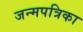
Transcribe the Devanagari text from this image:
जन्मपत्रिका